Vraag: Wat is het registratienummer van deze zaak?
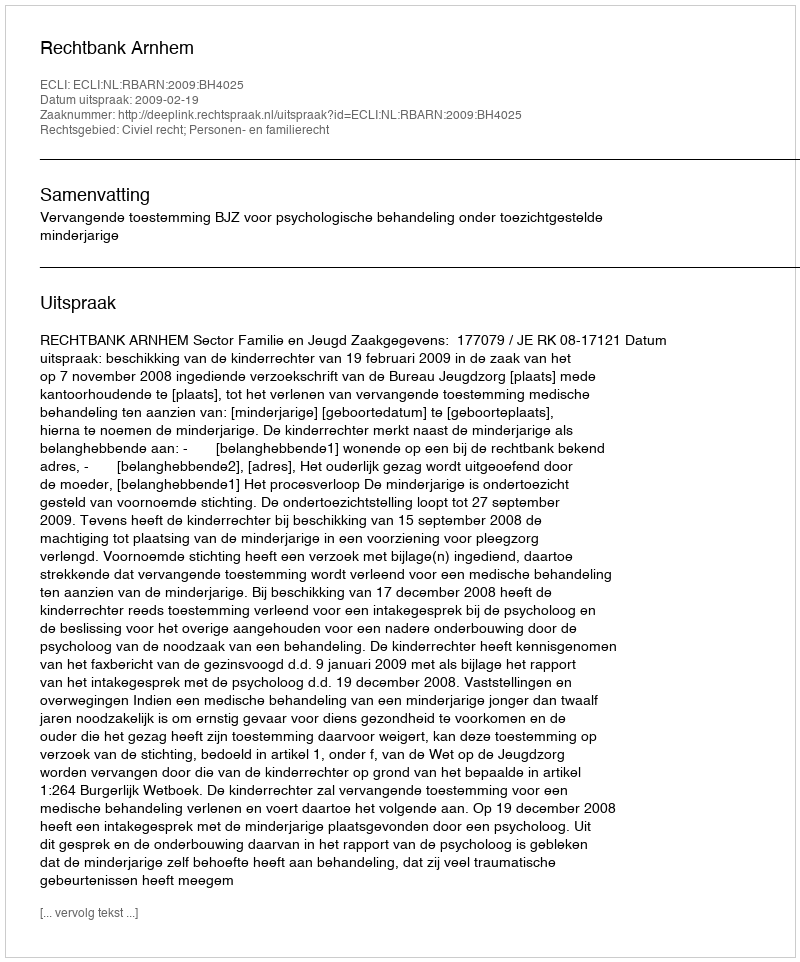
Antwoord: http://deeplink.rechtspraak.nl/uitspraak?id=ECLI:NL:RBARN:2009:BH4025